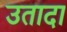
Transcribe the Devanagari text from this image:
उतादा